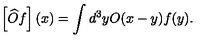
\left[ \widehat { O } f \right] ( x ) = \int d ^ { 3 } y O ( x - y ) f ( y ) .